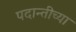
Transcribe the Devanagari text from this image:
पदान्तीच्या